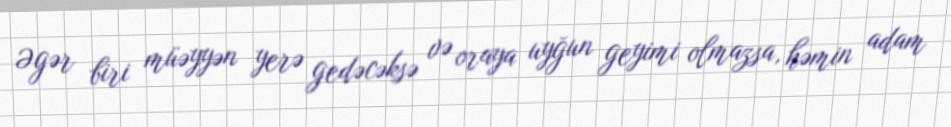
Əgər biri müəyyən yerə gedəcəksə və oraya uyğun geyimi olmazsa, həmin adam